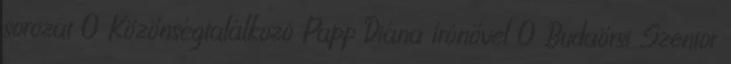
sorozat 0 Közönségtalálkozó Papp Diána írónővel 0 Budaörsi Szenior